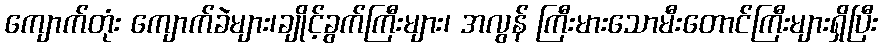
ကျောက်တုံး ကျောက်ခဲများ၊ချိုင့်ခွက်ကြီးများ၊ အလွန် ကြီးမားသောမီးတောင်ကြီးများရှိပြီး